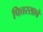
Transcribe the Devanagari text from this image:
पित्तरसाचे